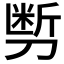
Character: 𰄽